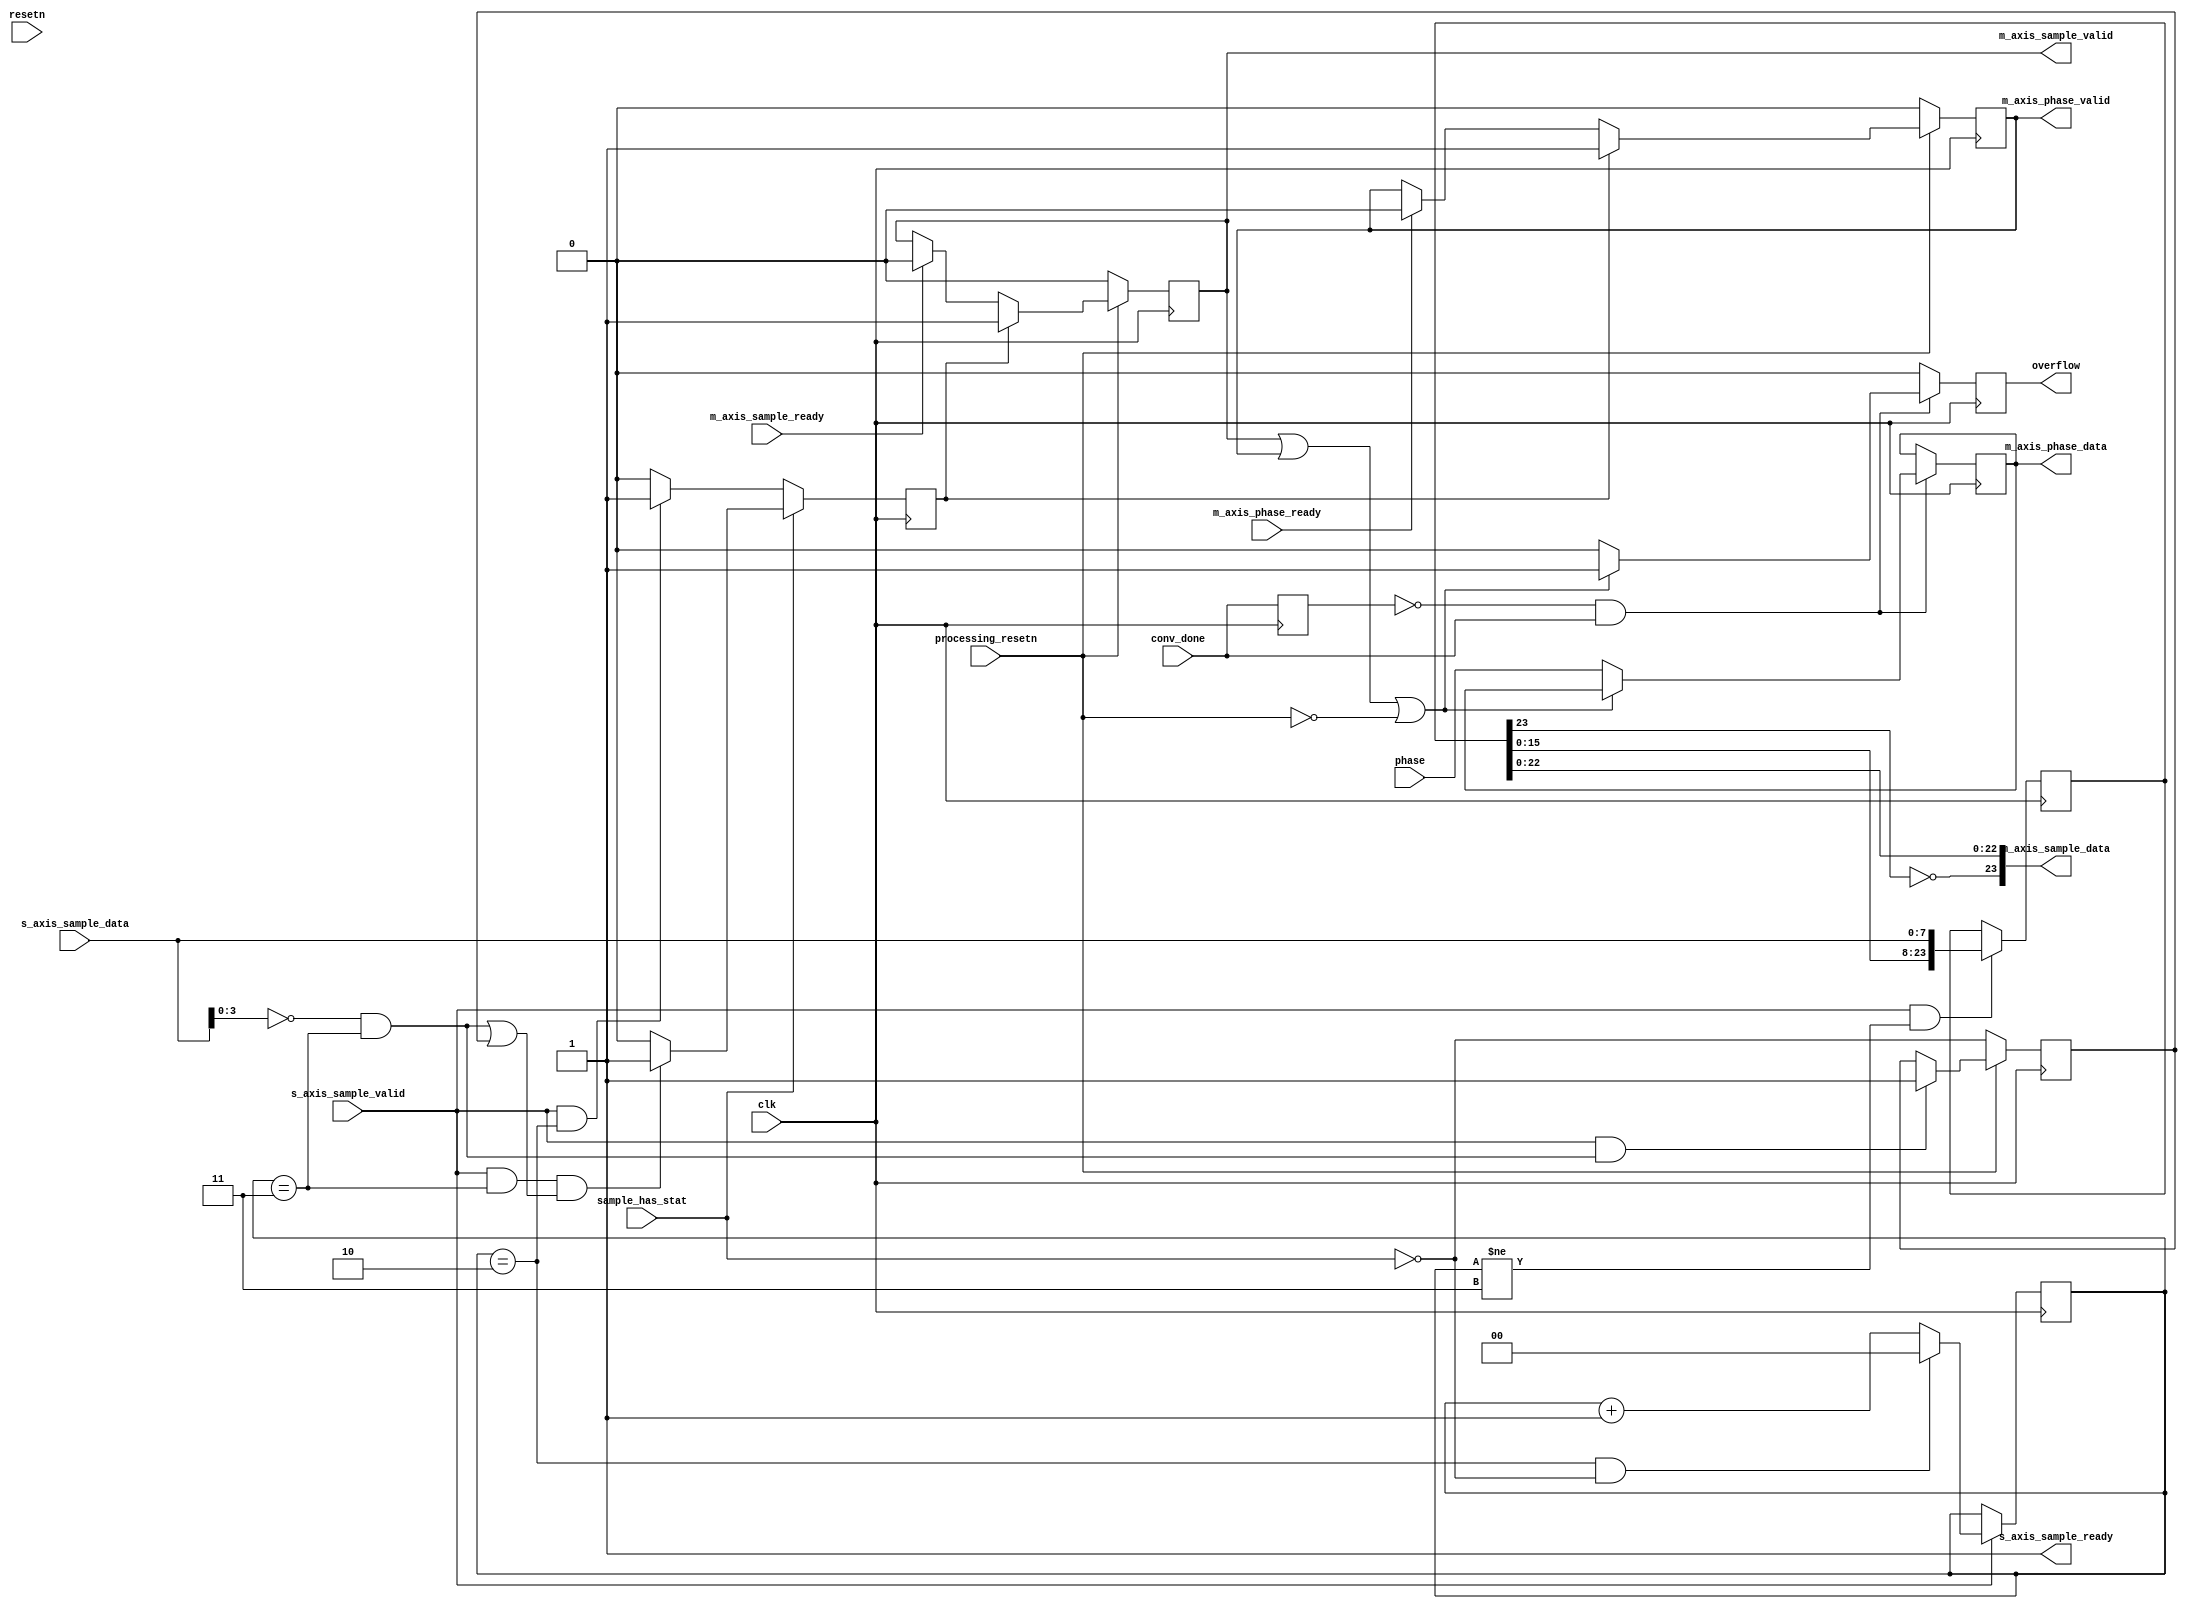
// ***************************************************************************
// ***************************************************************************
// Copyright 2014 - 2017 (c) Analog Devices, Inc. All rights reserved.
//
// In this HDL repository, there are many different and unique modules, consisting
// of various HDL (Verilog or VHDL) components. The individual modules are
// developed independently, and may be accompanied by separate and unique license
// terms.
//
// The user should read each of these license terms, and understand the
// freedoms and responsibilities that he or she has by using this source/core.
//
// This core is distributed in the hope that it will be useful, but WITHOUT ANY
// WARRANTY; without even the implied warranty of MERCHANTABILITY or FITNESS FOR
// A PARTICULAR PURPOSE.
//
// Redistribution and use of source or resulting binaries, with or without modification
// of this file, are permitted under one of the following two license terms:
//
//   1. The GNU General Public License version 2 as published by the
//      Free Software Foundation, which can be found in the top level directory
//      of this repository (LICENSE_GPL2), and also online at:
//      <https://www.gnu.org/licenses/old-licenses/gpl-2.0.html>
//
// OR
//
//   2. An ADI specific BSD license, which can be found in the top level directory
//      of this repository (LICENSE_ADIBSD), and also on-line at:
//      https://github.com/analogdevicesinc/hdl/blob/master/LICENSE_ADIBSD
//      This will allow to generate bit files and not release the source code,
//      as long as it attaches to an ADI device.
//
// ***************************************************************************
// ***************************************************************************

`timescale 1ns/100ps

module cn0363_phase_data_sync (
  input clk,
  input resetn,

  input processing_resetn,

  output s_axis_sample_ready,
  input s_axis_sample_valid,
  input [7:0] s_axis_sample_data,

  input sample_has_stat,

  input conv_done,
  input [31:0] phase,

  output reg m_axis_sample_valid,
  input m_axis_sample_ready,
  output [23:0] m_axis_sample_data,

  output reg m_axis_phase_valid,
  input m_axis_phase_ready,
  output [31:0] m_axis_phase_data,

  output reg overflow
);

  reg [1:0] data_counter = 'h00;

  reg [31:0] phase_hold = 'h00;
  reg [23:0] sample_hold = 'h00;
  reg sample_hold_valid = 1'b0;
  reg conv_done_d1 = 1'b0;

  reg synced = 1'b0;
  wire sync;

  /* The ADC will do conversions regardless of whether the pipeline is ready or
     not. So we'll always accept new samples and assert overflow if necessary if
     the pipeline is not ready. */
  assign s_axis_sample_ready = 1'b1;

  // Conversion from offset binary to signed on data
  assign m_axis_sample_data = {~sample_hold[23],sample_hold[22:0]};
  assign m_axis_phase_data = phase_hold;

  always @(posedge clk) begin
    if (conv_done_d1 == 1'b0 && conv_done == 1'b1) begin
      // Is the processing pipeline ready to accept data?
      if (m_axis_sample_valid | m_axis_phase_valid | ~processing_resetn) begin
        overflow <= 1'b1;
      end else begin
        phase_hold <= phase;
        overflow <= 1'b0;
      end
    end else begin
      overflow <= 1'b0;
    end
    conv_done_d1 <= conv_done;
  end

  always @(posedge clk) begin
    if (processing_resetn == 1'b0) begin
      m_axis_phase_valid <= 1'b0;
      m_axis_sample_valid <= 1'b0;
    end else begin
      /* Data and phase become valid once we have both */
      if (sample_hold_valid == 1'b1) begin
        m_axis_phase_valid <= 1'b1;
        m_axis_sample_valid <= 1'b1;
      end else begin
        if (m_axis_phase_ready == 1'b1) begin
          m_axis_phase_valid <= 1'b0;
        end
        if (m_axis_sample_ready == 1'b1) begin
          m_axis_sample_valid <= 1'b0;
        end
      end
    end
  end

  /* If the STAT register is included in the sample we get 4 bytes per sample and
   * are able to detect channel swaps and synchronize the first output sample to
   * the first channel. If the STAT register is not included we only get 3 bytes
   * per sample and rely on that the first sample will always be from the first
   * channel */

  always @(posedge clk) begin
    sample_hold_valid <= 1'b0;
    if (sample_has_stat == 1'b0) begin
      if (s_axis_sample_valid == 1'b1 && data_counter == 2'h2) begin
        sample_hold_valid <= 1'b1;
      end
    end else begin
      if (s_axis_sample_valid == 1'b1 && data_counter == 2'h3 &&
        (sync == 1'b1 || synced == 1'b1)) begin
        sample_hold_valid <= 1'b1;
      end
    end
  end

  always @(posedge clk) begin
    if (s_axis_sample_valid == 1'b1 && data_counter != 2'h3) begin
      sample_hold <= {sample_hold[15:0],s_axis_sample_data};
    end
  end

  always @(posedge clk) begin
    if (s_axis_sample_valid == 1'b1) begin
      if (data_counter == 2'h2 && sample_has_stat == 1'b0) begin
        data_counter <= 2'h0;
      end else begin
        data_counter <= data_counter + 1'b1;
      end
    end
  end

  assign sync = s_axis_sample_data[3:0] == 'h00 && data_counter == 'h3;

  always @(posedge clk) begin
    if (processing_resetn == 1'b0) begin
      synced <= ~sample_has_stat;
    end else begin
      if (s_axis_sample_valid == 1'b1 && sync == 1'b1) begin
        synced <= 1'b1;
      end
    end
  end

endmodule